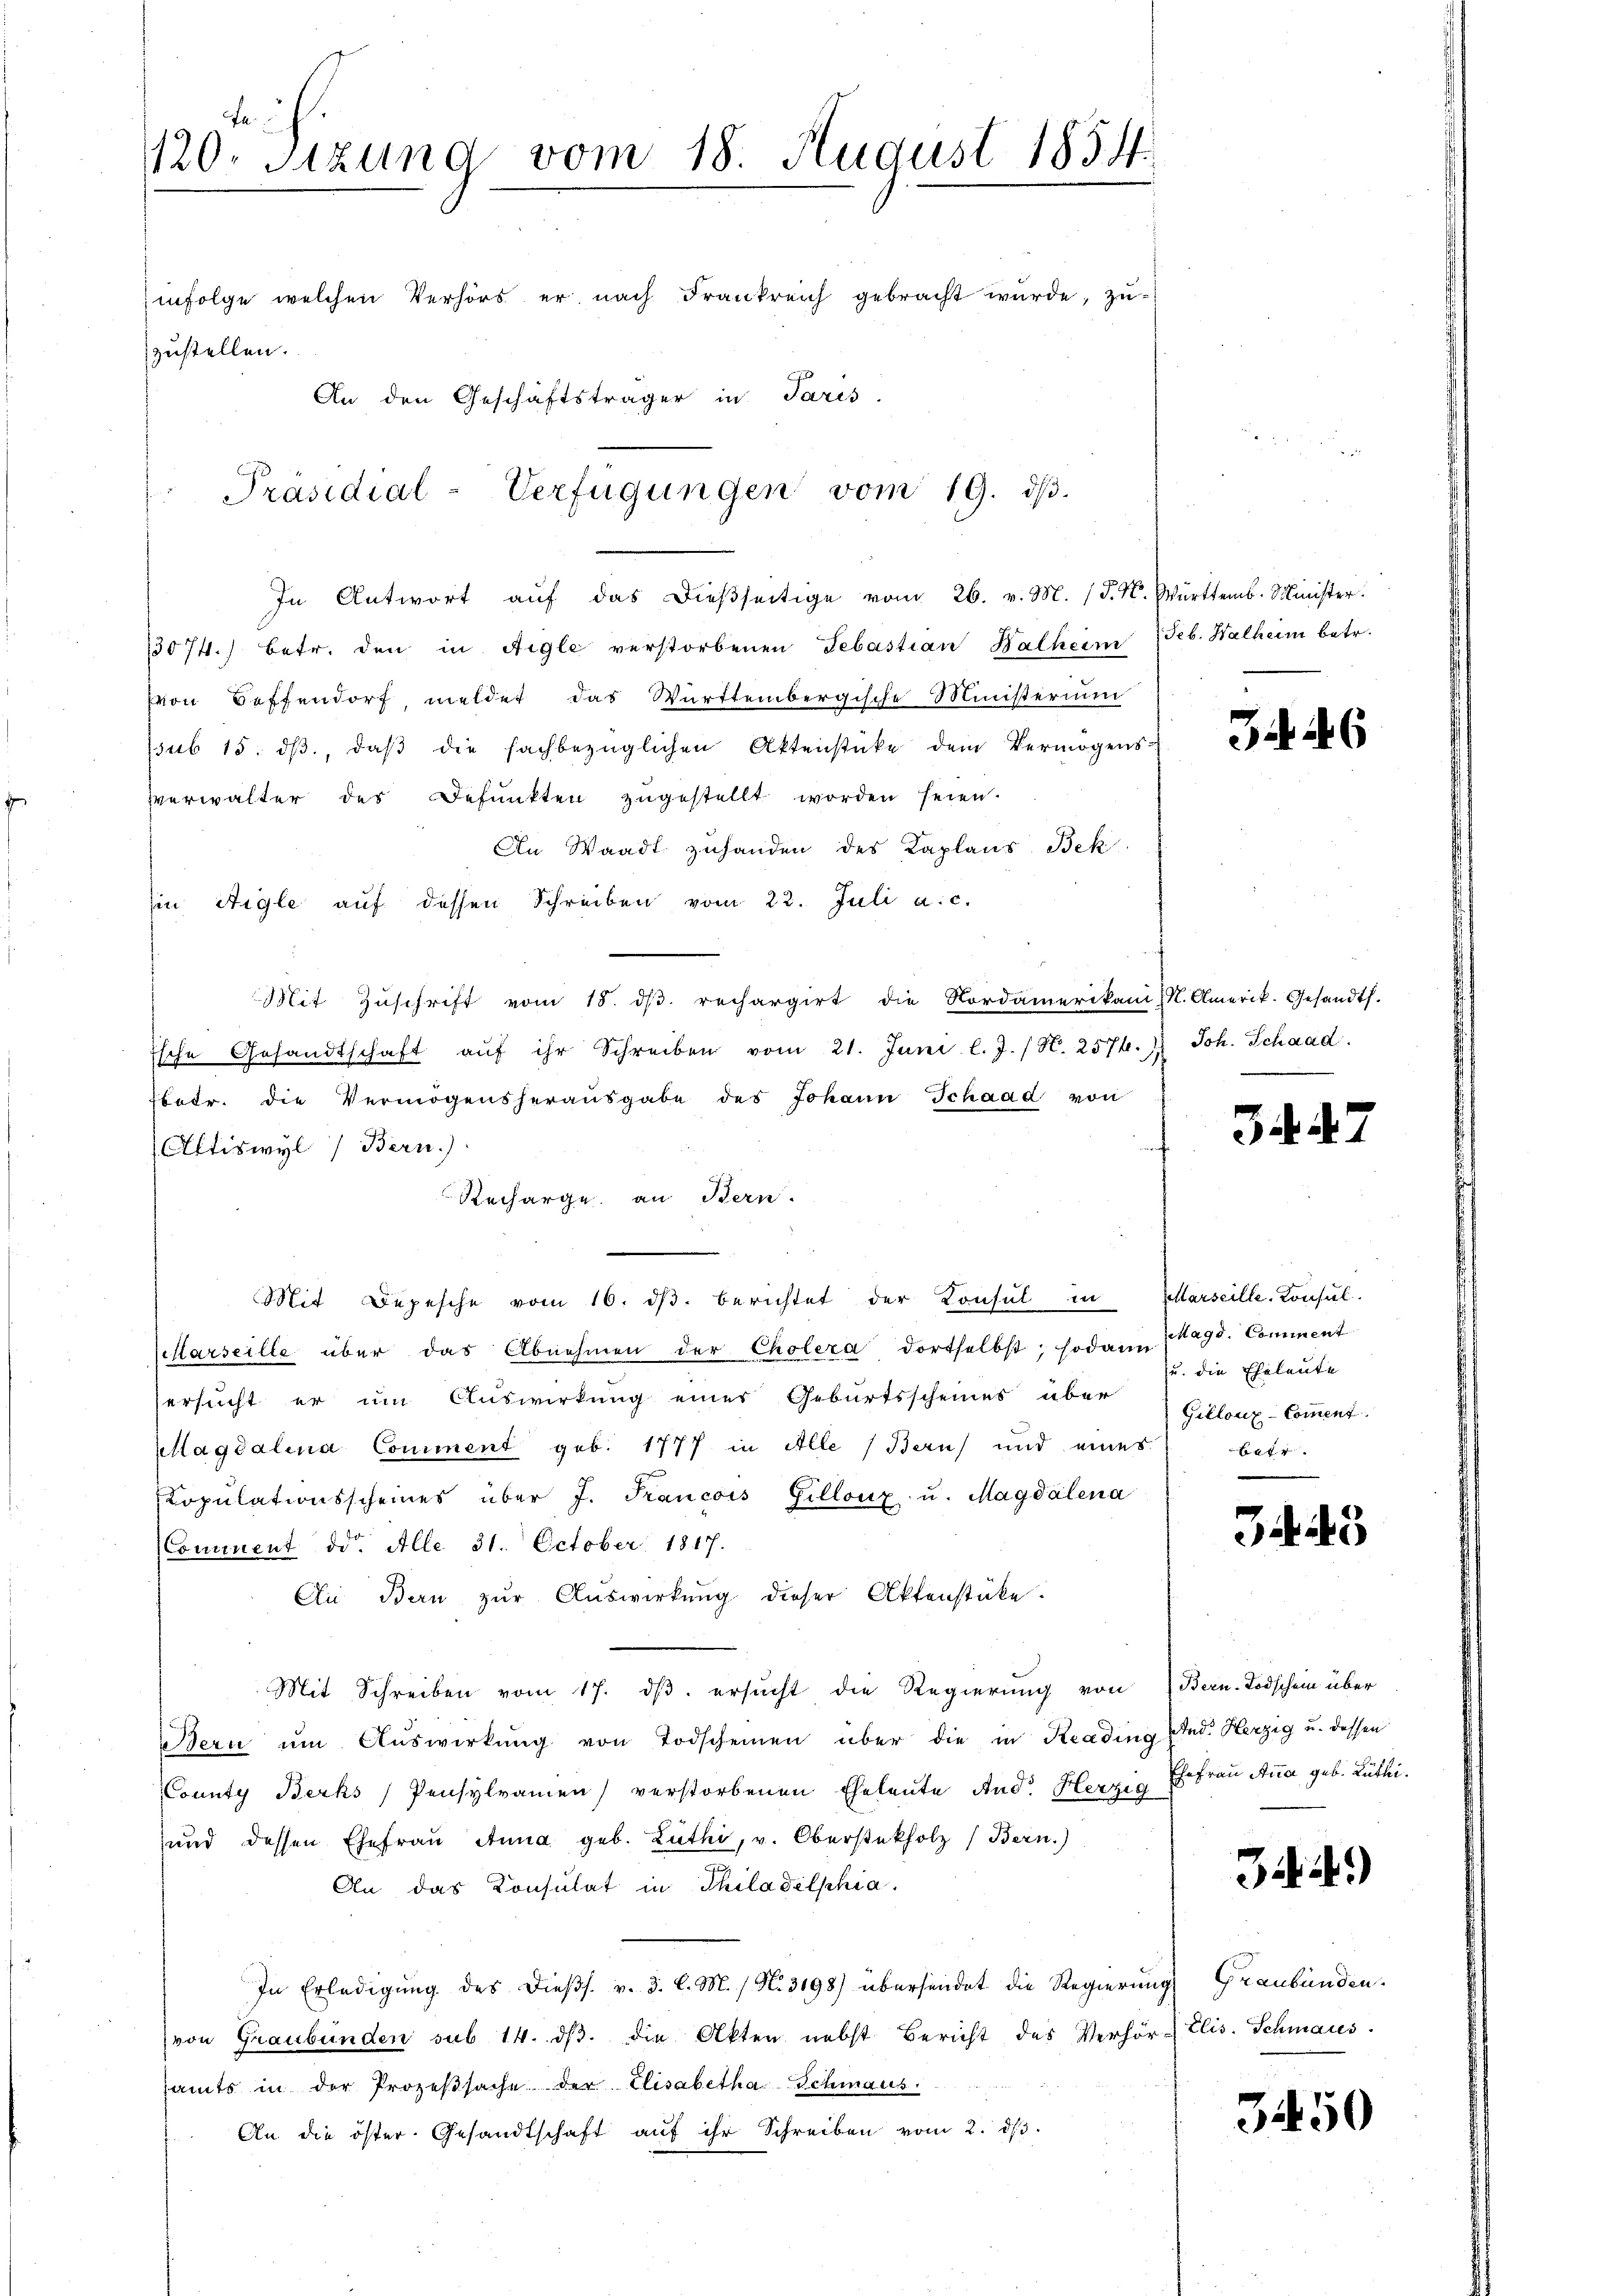
Fa¬
120. Sitzung vom 18. August 1834.
infolge welchen Verhörs er nach Frankreich gebracht wurde, zuzustellen.
An den Geschäftsträger in Paris
Präsidial-Verfügungen vom 19. dβ.

In Antwort aŭf das dieβseitige vom 26. v. M. (T. K. Württemb. Minister.
13074.) betr. den in Aigle verstorbenen Sebastian Halheim Feb. Halheim betr.
von Seffendorf meldet das Württembergische Ministerium
ssub 15. dβ, daβ die sachbezüglichen Aktenstücke dem Vermögens-
Verwalter des Defŭnkten zŭgestellt worden seien.
An Waadt zuhanden des Kaplans Bek
hin Aigle auf dessen Schreiben vom 22. Juli a.c.
Mit Zŭschrift vom 15. dβ. rechargirt die Nordamerikani (N. Amerik. Gesandts.
Esche Gesandtschaft aŭf ihr Schreiben vom 21. Juni l.J. (N. 257.
fbetr. die Vermögensherausgabe des Johann Schaad von
Oftiswyl) Bern.)
Recharge an Bern.
Mit Depesche vom 16. dβ. berichtet der Konsul in Marseille. Konsul-
Marseille über das Abnehmen der Cholera dortselbst; sodann Magd. Comment
ersucht er um Auswirkung einer Geburtsscheines über Cillonz-Comment.
Magdalena Comment geb. 1777 in Alle (Bern) und eines
Copŭlationsscheines über J. Francois Gillonx u. Magdalena
Comment dd. Alle 31. October 1817.
An Bau zur Auswirkung dieser Aktenstücke.
Mit Schreiben vom 17. dβ. ersucht die Regierung von Bern-Todschein über
Bern um Auswirkung von Todscheinen über die in Keading sind. Herzig u. dessen
County Berks Pensylramen) verstorbenen Eheleute And. Herzes Ehefrau Anna geb. Lüthi¬
und dessen Ehefrau Anna geb. Luthi, v. Obersteckholz (Bern.)
An das Konsulat in Thiladelphia
In Erledigung des dießs. v. 3. l. M. / N. 3198) übersendet die Regierung Graubünden.
(von Graubünden sub 14. dβ. die Akten nebst Bericht des Verhör-
samts in der Prozeβsache der Elisabetha Schmaus
An die öster Gesandtschaft aŭf ihr Schreiben vom 2. dβ.

34. 46

Joh. Schaad

3447

u. die Eheleute
betr.
e

32. 43

344.

Elis. Schmaus

3450